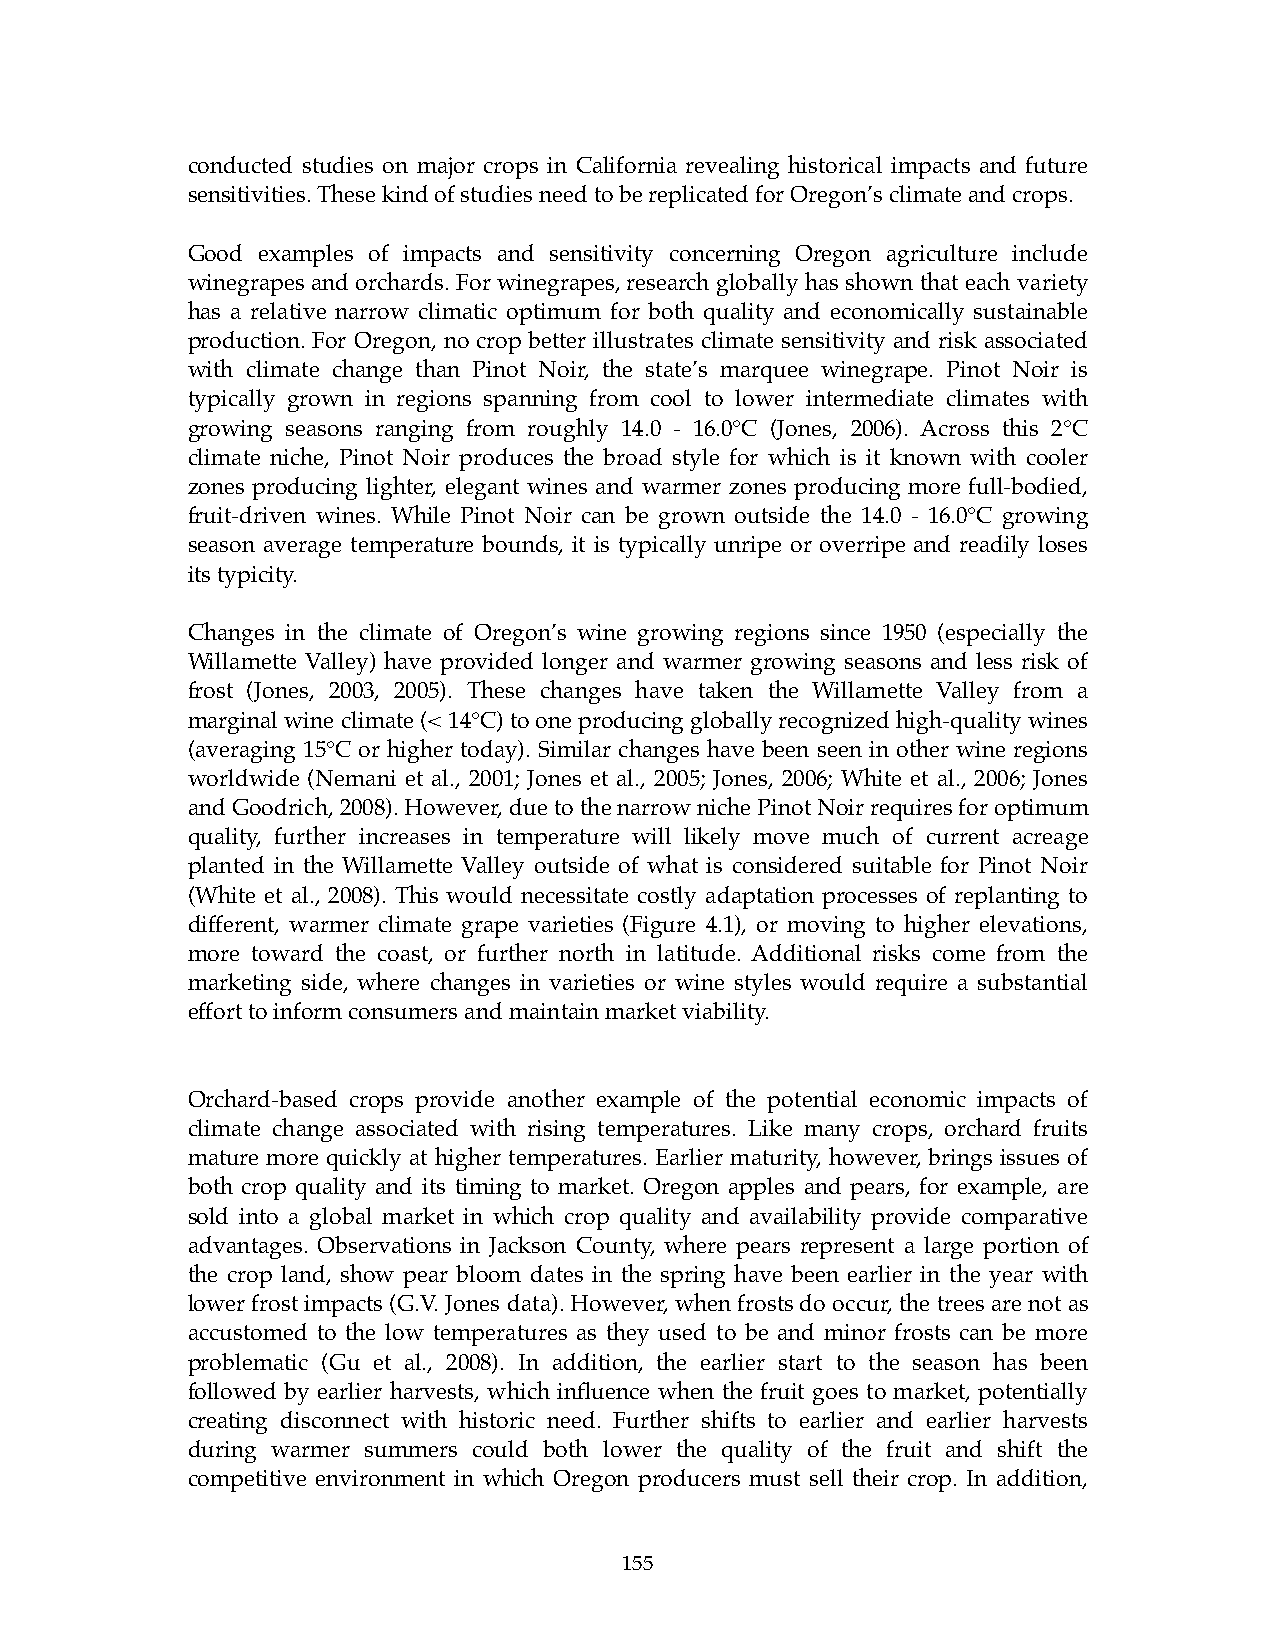
conducted studies on major crops in California revealing historical impacts and future
 sensitivities. These kind of studies need to be replicated for Oregon’s climate and crops.
 Good examples of impacts and sensitivity concerning Oregon agriculture include
 winegrapes and orchards. For winegrapes, research globally has shown that each variety
 has a relative narrow climatic optimum for both quality and economically sustainable
 production. For Oregon, no crop better illustrates climate sensitivity and risk associated
 with climate change than Pinot Noir, the state’s marquee winegrape. Pinot Noir is
 typically grown in regions spanning from cool to lower intermediate climates with
 growing seasons ranging from roughly 14.0 - 16.0°C (Jones, 2006). Across this 2°C
 climate niche, Pinot Noir produces the broad style for which is it known with cooler
 zones producing lighter, elegant wines and warmer zones producing more full-bodied,
 fruit-driven wines. While Pinot Noir can be grown outside the 14.0 - 16.0°C growing
 season average temperature bounds, it is typically unripe or overripe and readily loses
 its typicity.
 Changes in the climate of Oregon’s wine growing regions since 1950 (especially the
 Willamette Valley) have provided longer and warmer growing seasons and less risk of
 frost (Jones, 2003, 2005). These changes have taken the Willamette Valley from a
 marginal wine climate (< 14°C) to one producing globally recognized high-quality wines
 (averaging 15°C or higher today). Similar changes have been seen in other wine regions
 worldwide (Nemani et al., 2001; Jones et al., 2005; Jones, 2006; White et al., 2006; Jones
 and Goodrich, 2008). However, due to the narrow niche Pinot Noir requires for optimum
 quality, further increases in temperature will likely move much of current acreage
 planted in the Willamette Valley outside of what is considered suitable for Pinot Noir
 (White et al., 2008). This would necessitate costly adaptation processes of replanting to
 different, warmer climate grape varieties (Figure 4.1), or moving to higher elevations,
 more toward the coast, or further north in latitude. Additional risks come from the
 marketing side, where changes in varieties or wine styles would require a substantial
 effort to inform consumers and maintain market viability.
 Orchard-based crops provide another example of the potential economic impacts of
 climate change associated with rising temperatures. Like many crops, orchard fruits
 mature more quickly at higher temperatures. Earlier maturity, however, brings issues of
 both crop quality and its timing to market. Oregon apples and pears, for example, are
 sold into a global market in which crop quality and availability provide comparative
 advantages. Observations in Jackson County, where pears represent a large portion of
 the crop land, show pear bloom dates in the spring have been earlier in the year with
 lower frost impacts (G.V. Jones data). However, when frosts do occur, the trees are not as
 accustomed to the low temperatures as they used to be and minor frosts can be more
 problematic (Gu et al., 2008). In addition, the earlier start to the season has been
 followed by earlier harvests, which influence when the fruit goes to market, potentially
 creating disconnect with historic need. Further shifts to earlier and earlier harvests
 during warmer summers could both lower the quality of the fruit and shift the
 competitive environment in which Oregon producers must sell their crop. In addition,
 155